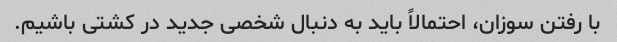
با رفتن سوزان، احتمالاً باید به دنبال شخصی جدید در کشتی باشیم.